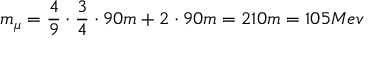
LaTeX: m _ { \mu } = \frac 4 9 \cdot \frac 3 4 \cdot 9 0 m + 2 \cdot 9 0 m = 2 1 0 m = 1 0 5 M e v